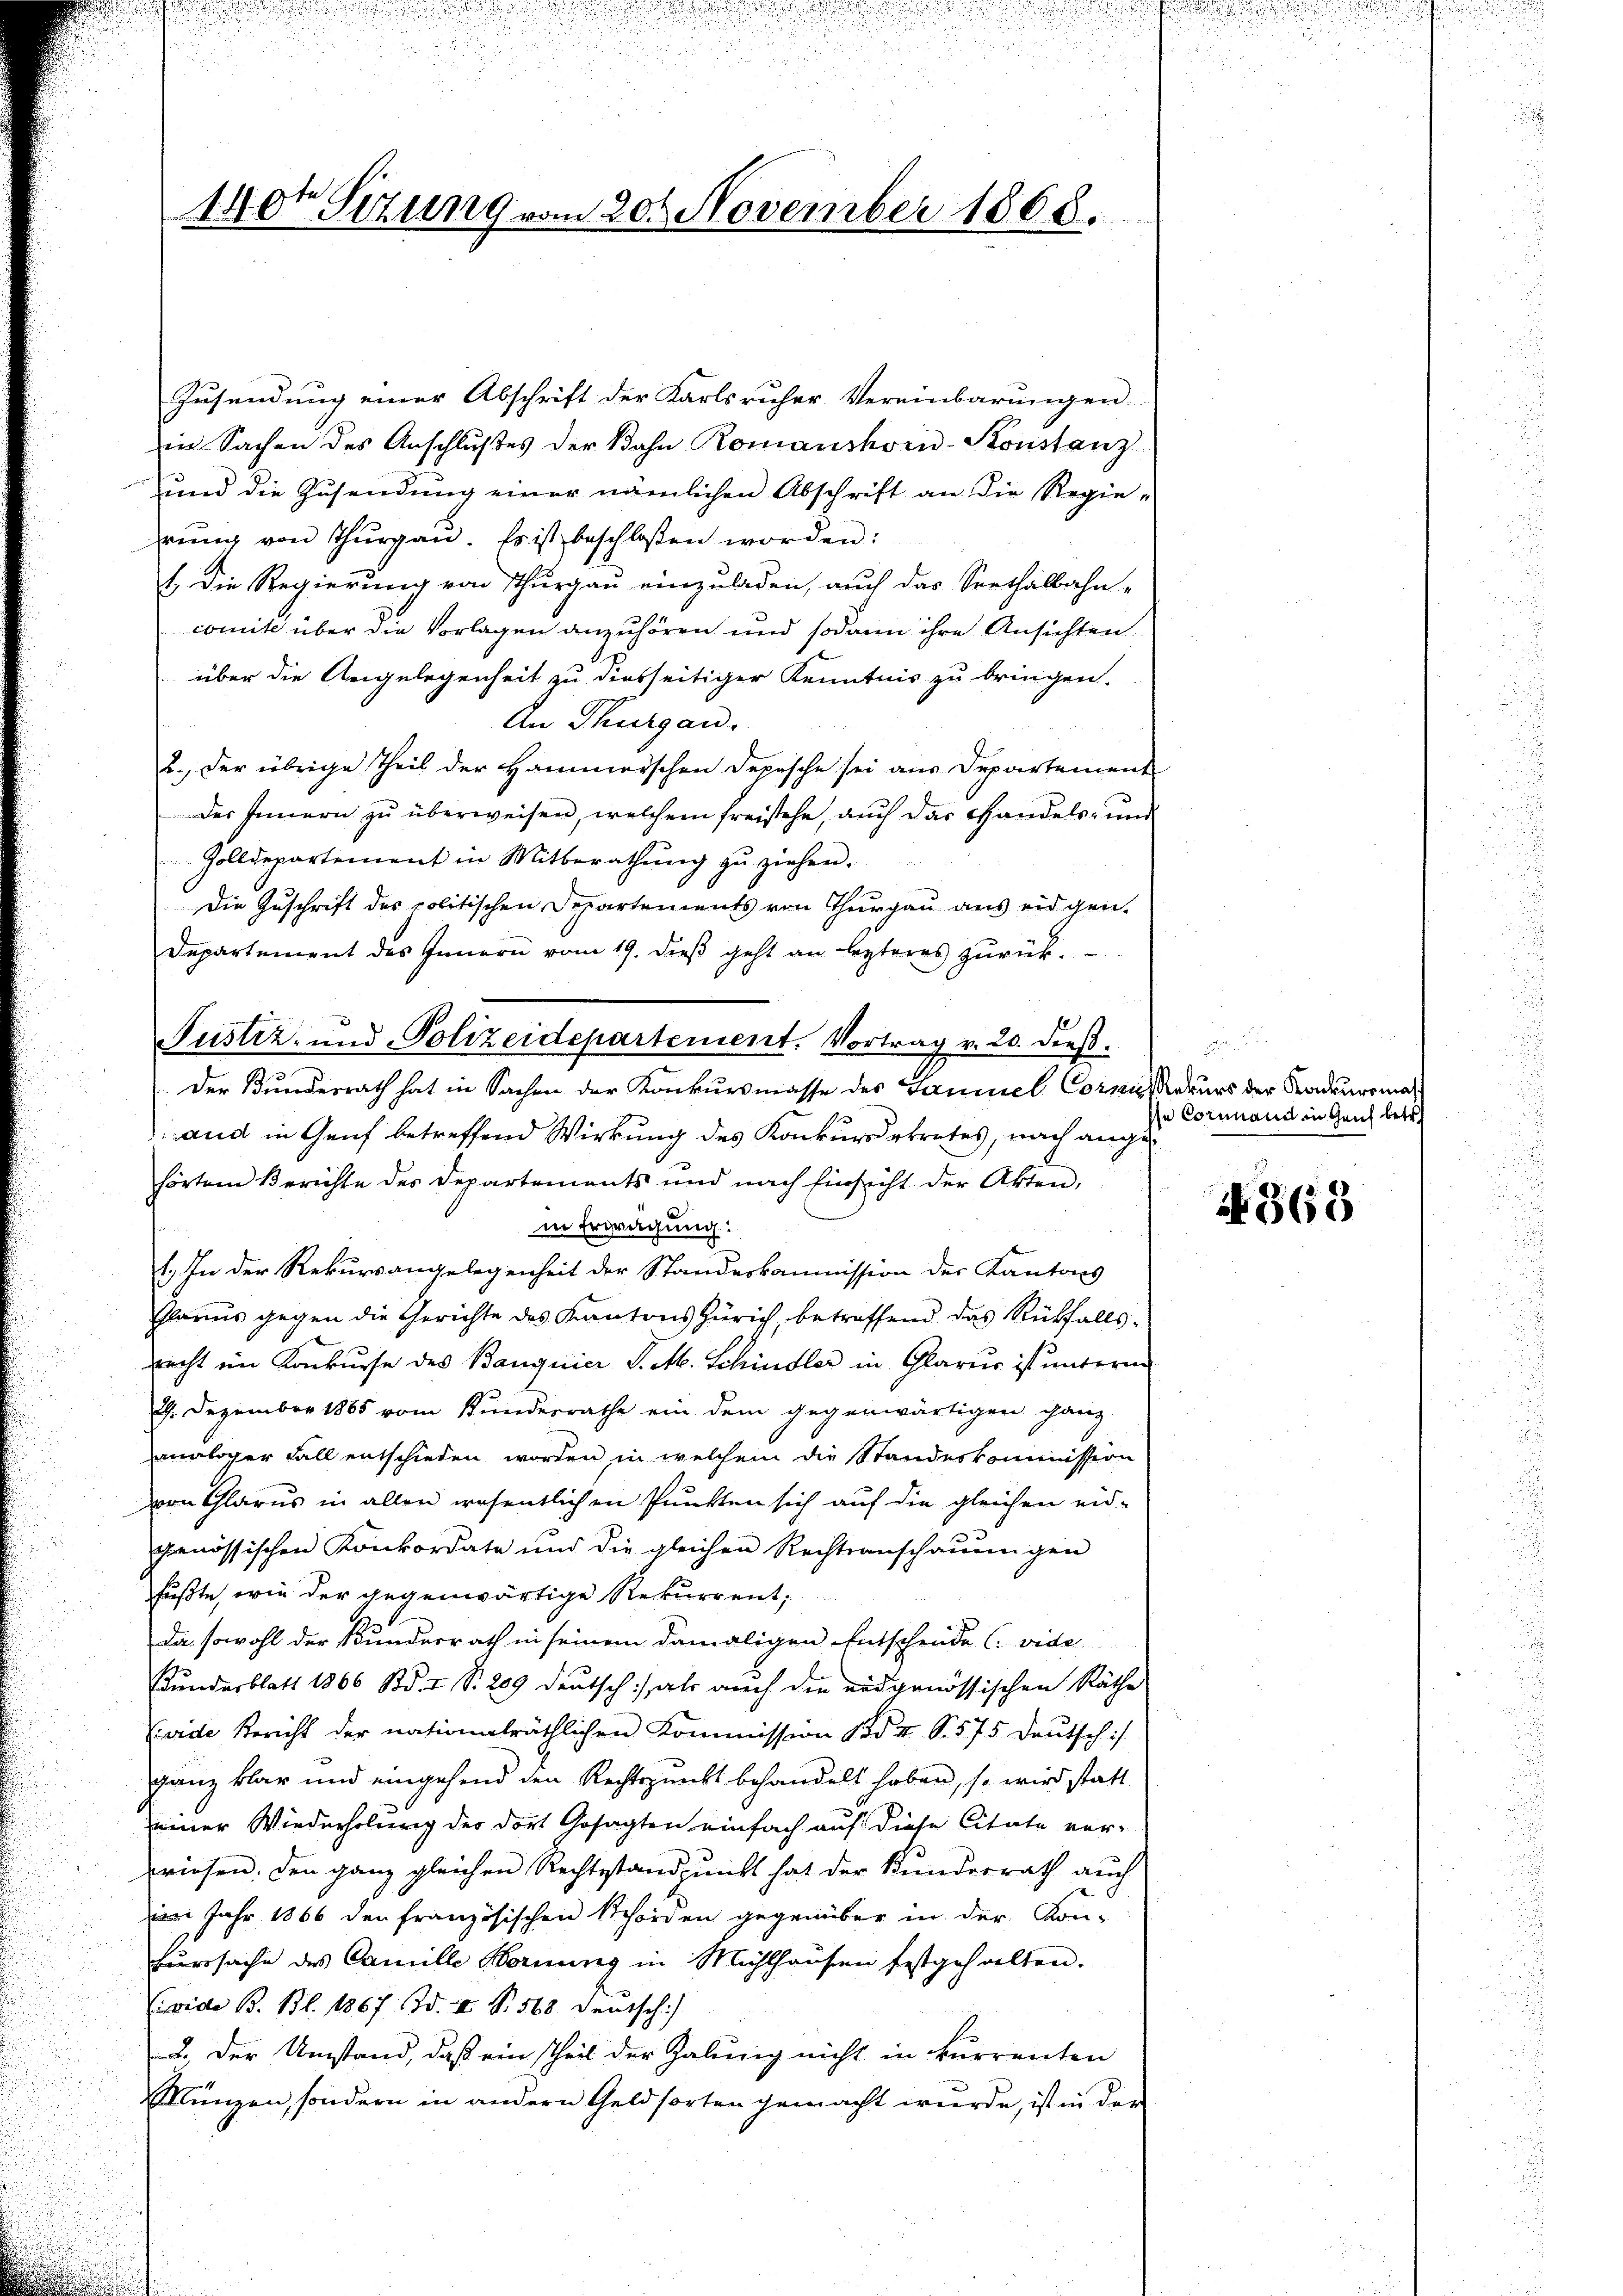
Zusendung einer Abschrift der Karlsruher Vereinbarungen
in Sachen des Anschlußes der Bahn Romanshorn-Konstanz
und die Zusendung einer nämlichen Abschrift an die Regierŭng von Thŭrgaŭ. Es ist beschloßen worden:
. Die Regierung von Thurgau einzuladen, auch das Seethalbahn-
comite über die Vorlagen anzuhören und sodann ihre Ansichten.
über die Angelegenheit zu diesseitiger Kenntnis zu bringen.
An Thurgau.
2., der übrige Theil der Hammerschen Depesche sei aus Departement
des Innern zu überweisen, welchem freistehe, auch das Handels- und
Zolldepartement in Mitberathung zu ziehen.
Die Zuschrift des politischen Departements von Thurgau aus eidgen.
Departement des Innern vom 19. dieβ geht an lezteres zŭrück-
Der Bundesrath hat in Sachen der Konkursmasse des Gaumel Cormundeurs der Radermaland in Genf betreffend Wirkung des Konkurserkrates, nach angehörtem Berichte des Departements und nach Einsicht der Akten,
in Erwägung:
1.) In der Rekursangelegenheit der Standeskommission des Kantons
Glarus gegen die Gerichte des Kantons Zürich, betreffend das Rückfallsrrecht im Konkurse des Banquier P. M. Schindler in Glarus ist unterm
9. Dezember 1885 vom Bundesrathe ein dem gegenwärtigen ganz
maliger Fall entschieden worden in welchem die Standeskommission
von Glarus in allen wesentlichen Punkten sich auf die gleichen eid-
genössischen Konkordate und die gleichen Rechtsanschauungen
füßte, wie der gegenwärtige Rekurrent,
Da sowohl der Bundesrath in seinem damaligen Entschende (vide
Kundesblatt 1866 Bd. I S. 289 deutsch:/ als auch den eidgenössischen Räthe
(vide Bericht der nationalräthlichen Kommission 1 Bd. II S. 575 Deutsch
ganz klar und eingehend den Rechtspunkt behandelt haben, so wird statt
einer Wiederholung der dort Gesagten einfach auf diese Citate vor-
wiesen. Den ganz gleichen Rechtsstandpunkt hat der Kundesrath auch
im Jahr 1866 den französischen Schörden gegenüber in der Kon-
Furssache des Camille Hornung in Mühlhausen festgehalten.
(vide B. Bl. 1867 Bd. I S. 568 Deutsch
2. Der Umstand, daß ein Theil der Zalung nicht in kurrenten
Münzen, sondern in andern Geldsorten gemacht wŭrde, ist in der

140 Sizung vom 20. November 1868.

Justiz- und Polizeidepartement. Vortrag v. 20. dieß.

d
se Cornmand in Genf betr.

N 363